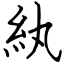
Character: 紈